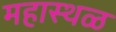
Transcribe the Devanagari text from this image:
महास्थळ